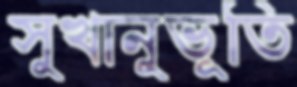
সুখানুভূতি